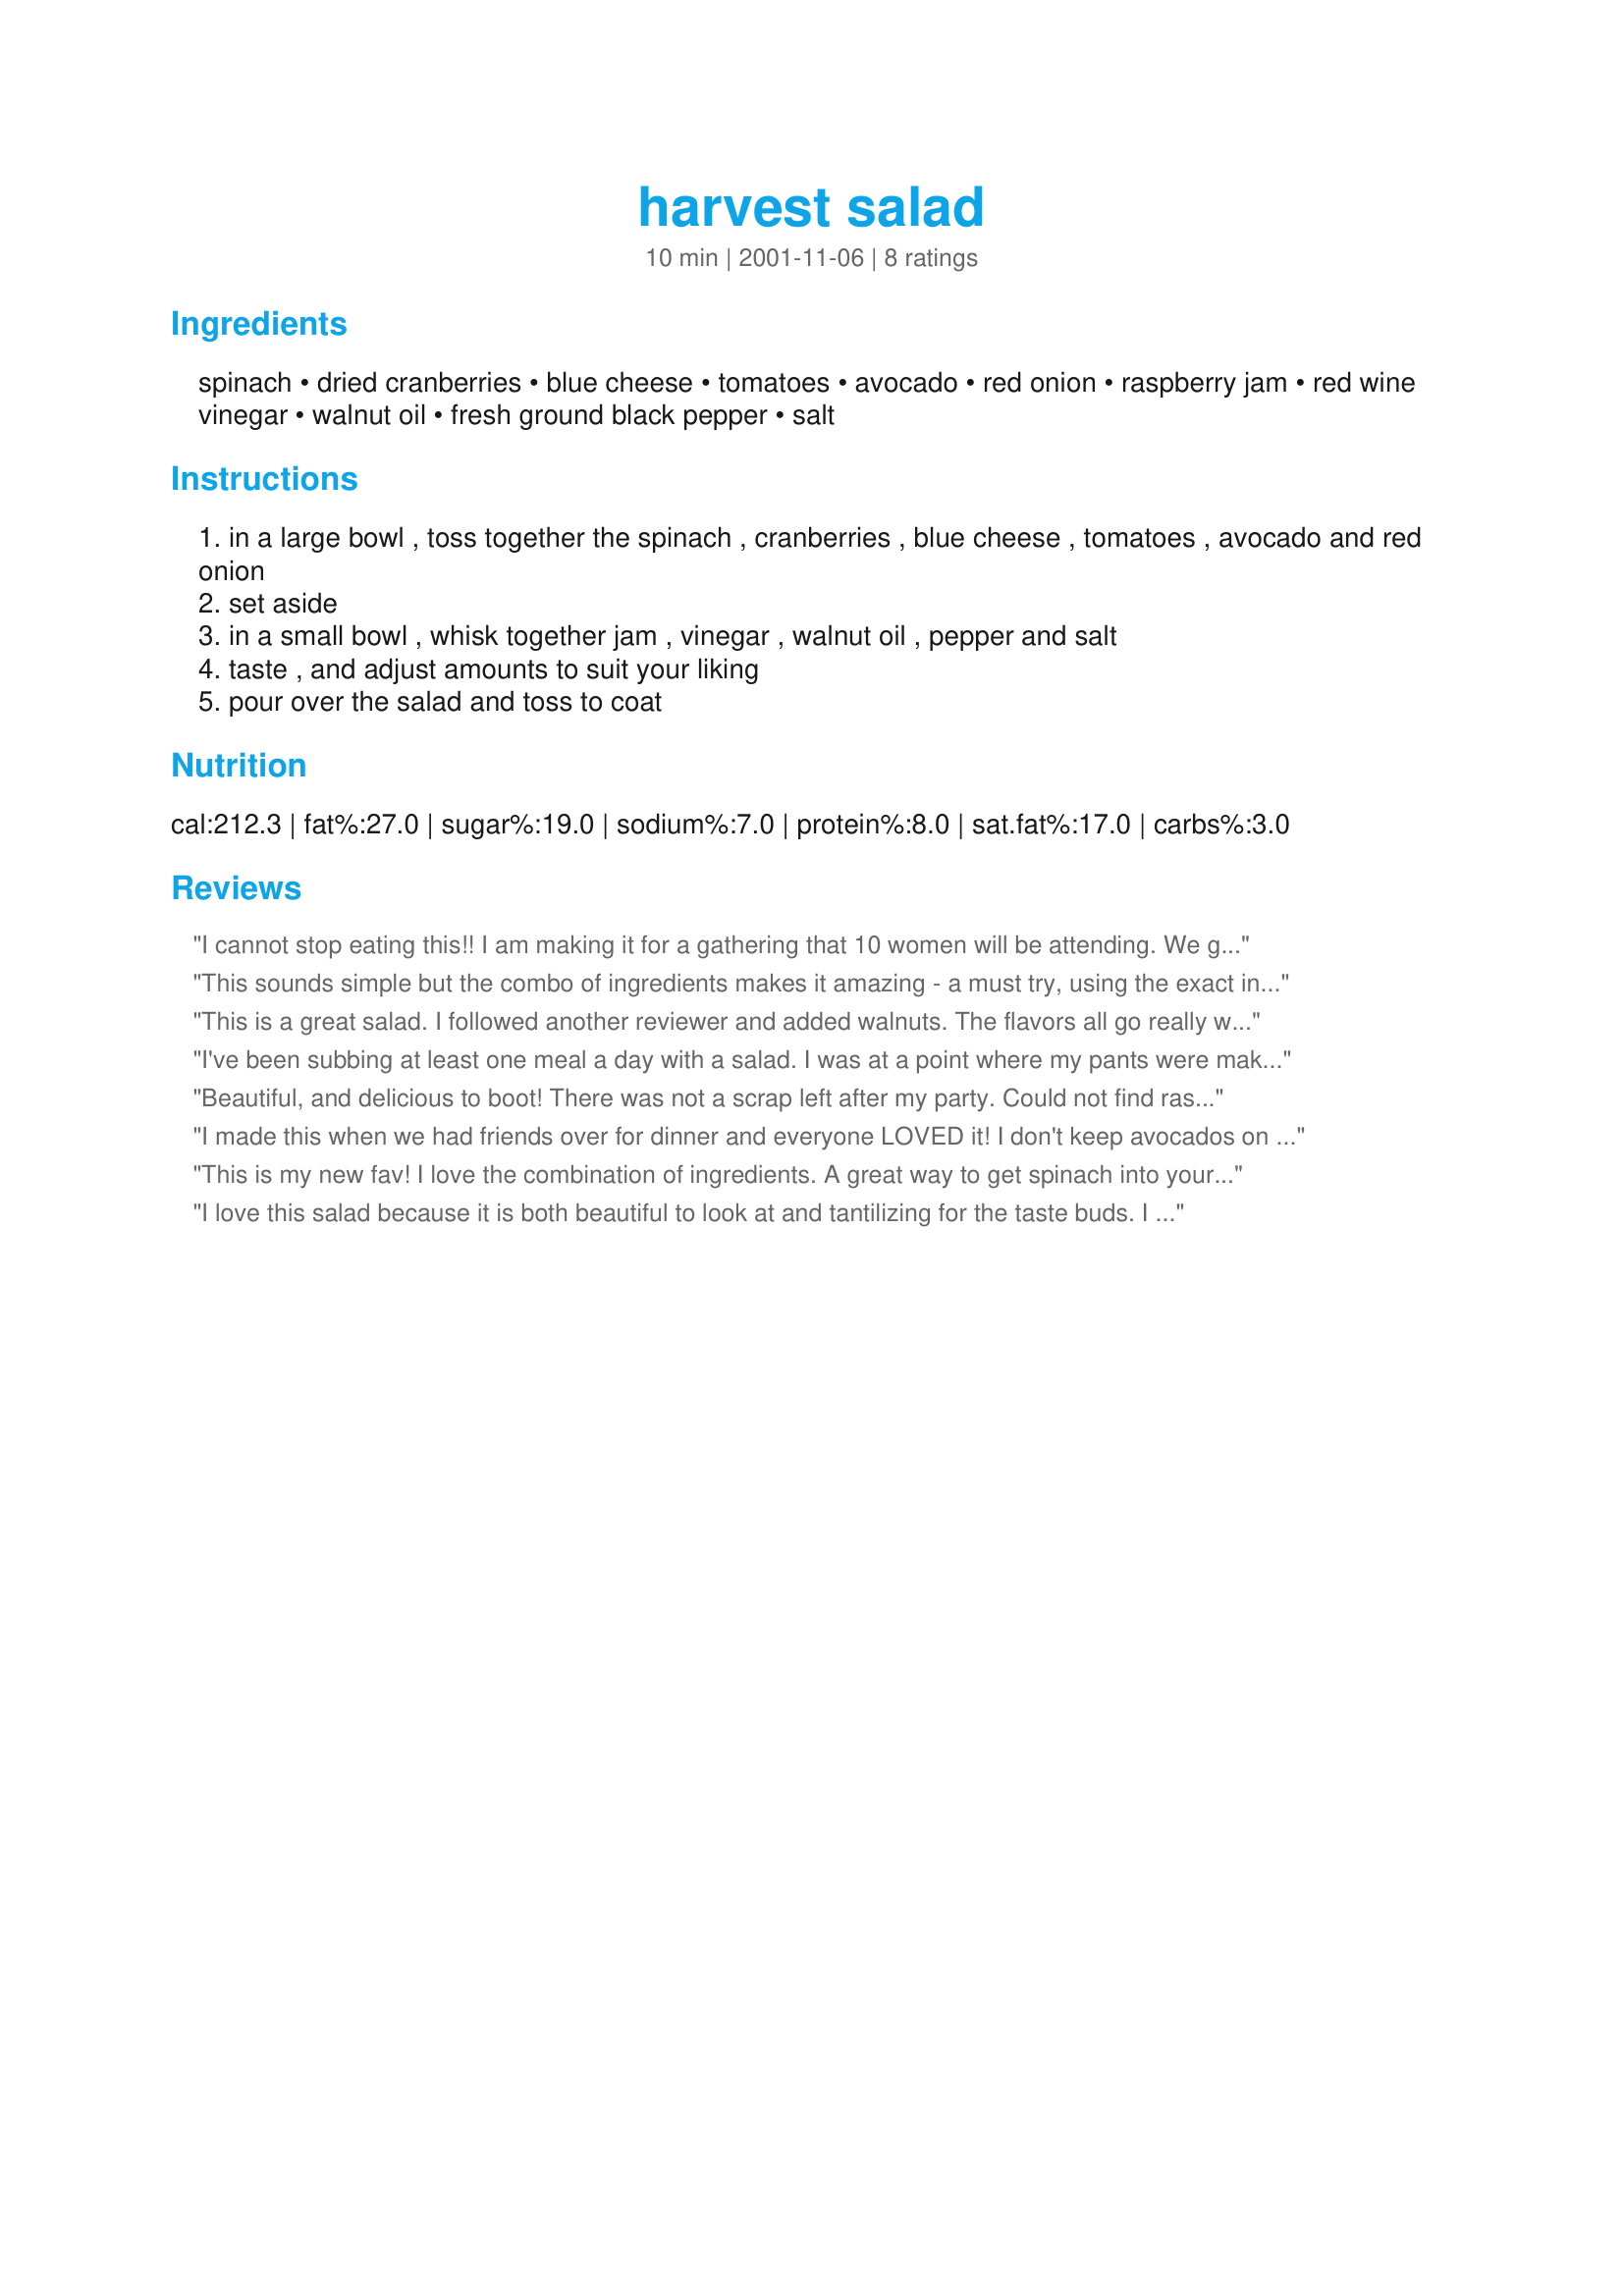
harvest salad
Preparation time: 10 minutes

Ingredients:
spinach, dried cranberries, blue cheese, tomatoes, avocado, red onion, raspberry jam, red wine vinegar, walnut oil, fresh ground black pepper, salt

Steps:
in a large bowl , toss together the spinach , cranberries , blue cheese , tomatoes , avocado and red onion
set aside
in a small bowl , whisk together jam , vinegar , walnut oil , pepper and salt
taste , and adjust amounts to suit your liking
pour over the salad and toss to coat

Reviews:
I cannot stop eating this!! I am making it for a gathering that 10 women will be attending. We get together every other month and bring something yummy and the theme is salad this time. 

I saw this and decided to try it. I made it up and thought I would sample to be sure it was ok to take and oh my gosh is it amazing!!!!! I'm going to have to make a whole new batch!

I had to add a little bacon and some walnuts, but even without it's delish!

Thank you so much!
This sounds simple but the combo of ingredients makes it amazing - a must try, using the exact ingredients listed! The dressing with walnut oil and raspberry is outstanding. I'd recommend keeping it in a separate shaker if you can't eat all the salad at once because it gets soggy.
This is a great salad. I followed another reviewer and added walnuts. The flavors all go really well together, except I think for us the tomatoes did not.
I've been subbing at least one meal a day with a salad. I was at a point where my pants were making me feel like a pressurized can of corn. Made for Alphabet Soup Tag.
Beautiful, and delicious to boot! There was not a scrap left after my party. Could not find raspberry jam with seeds, so used jam without seeds - do not use preserves as it does not "melt" as it should. This will definitely become one of my standard salads.
I made this when we had friends over for dinner and everyone LOVED it! I don't keep avocados on hand so that makes it something I have to plan for but it is certainly worth the planning. Thank for a great recipe!
This is my new fav! I love the combination of ingredients. A great way to get spinach into your diet! I will make this over and over!
I love this salad because it is both beautiful to look at and tantilizing for the taste buds. I usually use bagged baby spinach, sweet onions, and feta cheese because I keep them on hand. My DD loves the dressing so much that I keep it made up in a jar in the refrigerator for anytime use. The recipe that I originally found had slightly different PROPORTIONS: 6 tBS. JAM, 4 tBS. VINEGAR AND 2/3 CUPS OIL, WITH EVERYTHING ELSE THE SAME. We LIKE THIS BETTER THAN ANY RASPBERRY VINAGRETTE FROM THE Store.
